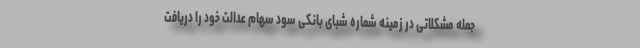
جمله مشکلاتی در زمینه شماره شبای بانکی سود سهام عدالت خود را دریافت